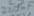
Text: 270µf